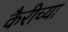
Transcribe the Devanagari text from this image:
कैरीच्या